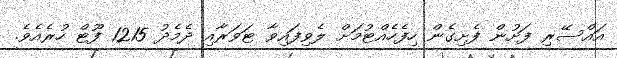
އައްސޭރި ފަށުން ފެށިގެން ހިފެހެއްޓުމަށް ލެވިފައިވާ ޓަވަރާއި ދެމެދު 1215 ފޫޓް ހުރެއެވެ.